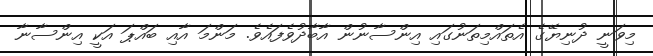
މިވަނީ ދުނިޔޭގެ އެތައްމިތަނުގައި އިންސާނުން އާބާދުވެފައެވެ. މަންމަ އާއި ބައްޕަ އަކީ އިންސާނާ